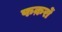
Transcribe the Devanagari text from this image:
फक़रों